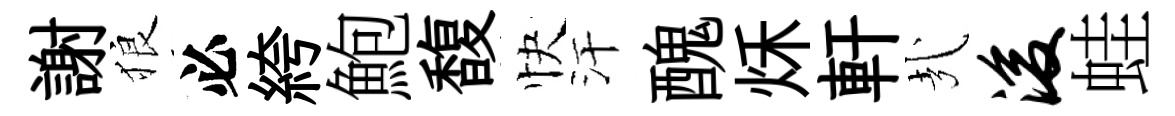
謝狼必絝鮑馥快汗醜秌軒㢤浚蛙